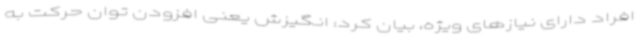
افراد دارای نیازهای ویژه، بیان کرد: انگیزش یعنی افزودن توان حرکت به